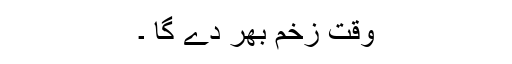
وقت زخم بھر دے گا ۔